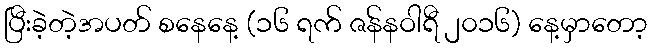
ပြီးခဲ့တဲ့အပတ် စနေနေ့ (၁၆ ရက် ဇန်နဝါရီ ၂၀၁၆) နေ့မှာတော့